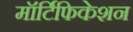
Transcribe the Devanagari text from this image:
मॉर्टिफिकेशन